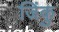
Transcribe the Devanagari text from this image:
जिंकु